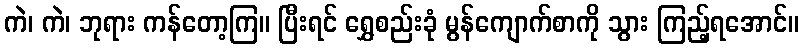
ကဲ၊ ကဲ၊ ဘုရား ကန်တော့ကြ။ ပြီးရင် ရွှေစည်းခုံ မွန်ကျောက်စာကို သွား ကြည့်ရအောင်။